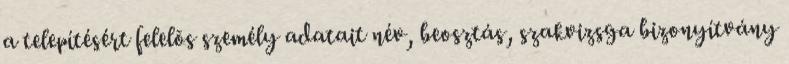
a telepítésért felelõs személy adatait név, beosztás, szakvizsga bizonyítvány